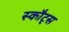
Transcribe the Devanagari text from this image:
स्कौट्स